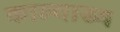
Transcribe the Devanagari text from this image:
काल्याख्य